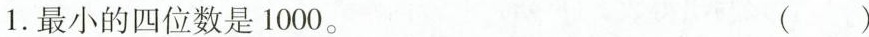
1.最小的四位数是1000. ()